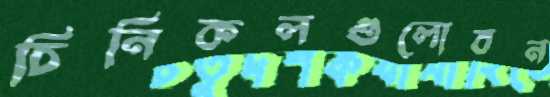
চিনিকলগুলোবন